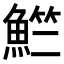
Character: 𬵚